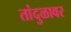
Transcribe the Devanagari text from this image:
तांदुळावर